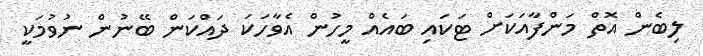
ލިބެން އޮތް މަންފާއަކަށް ޓަކައި ބައެއް މީހުން އެވާހަކަ ދައްކަން ބޭނުން ނުވުމަކީ